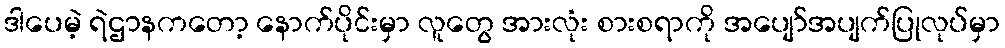
ဒါပေမဲ့ ရဲဌာနကတော့ နောက်ပိုင်းမှာ လူတွေ အားလုံး စားစရာကို အပျော်အပျက်ပြုလုပ်မှာ